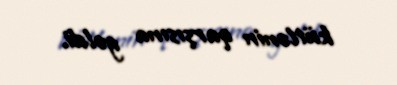
kütlənin qarşısına gəldi.